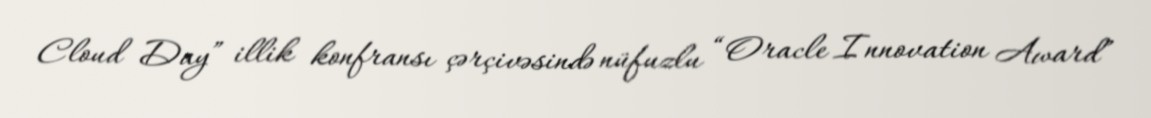
Cloud Day” illik konfransı çərçivəsində nüfuzlu “Oracle Innovation Award”